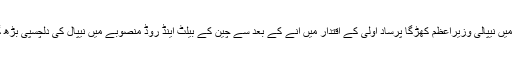
۲۰۱۷ء میں نیپالی وزیراعظم کھڑگا پرساد اولی کے اقتدار میں آنے کے بعد سے چین کے بیلٹ اینڈ روڈ منصوبے میں نیپال کی دلچسپی بڑھ گئی ہے۔